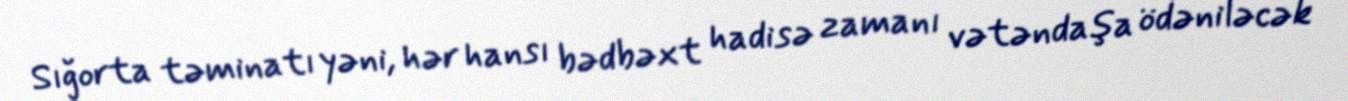
Sığorta təminatı yəni, hər hansı bədbəxt hadisə zamanı vətəndaşa ödəniləcək